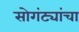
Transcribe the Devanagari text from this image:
सोगंट्यांचा